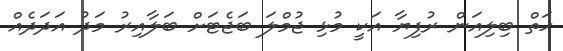
ހަތް ބިލިއަން ރުފިޔާ އަކީ މުޅި ޖުމްލަ ބަޖެޓަށް ބަލާއިރު މަދު އަދަދެއް